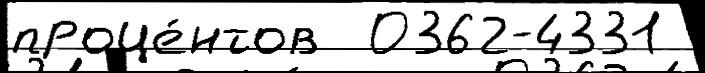
проце́нтов  0362-4331